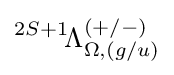
{}^{2S+1}\!\Lambda _{\Omega ,(g/u)}^{(+/-)}